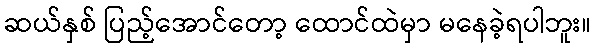
ဆယ်နှစ် ပြည့်အောင်တော့ ထောင်ထဲမှာ မနေခဲ့ရပါဘူး။